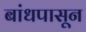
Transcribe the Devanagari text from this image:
बांधपासून